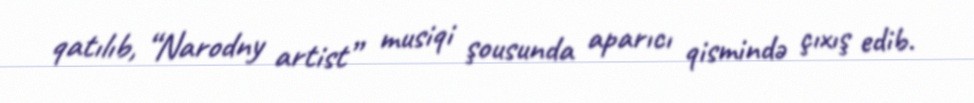
qatılıb, “Narodny artist” musiqi şousunda aparıcı qismində çıxış edib.